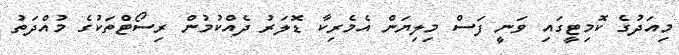
މިއަދުގެ ކޮމިޓީގައި ވަނީ ފަސް މިލިޔަން އެމެރިކާ ޑޮލަރު ދެއްކުމުން ރިސޯޓްތަކުގެ މުއްދަތު